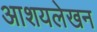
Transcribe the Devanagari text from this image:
आशयलेखन